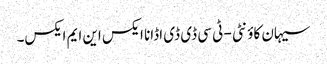
سیہان کاؤنٹی - ٹی سی ڈی ڈی اڈانا ایکس این ایم ایکس۔